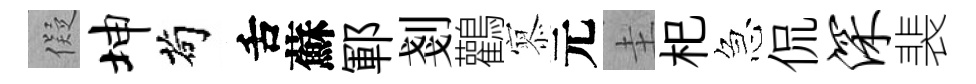
儗坤茍舌蘇鄆剗鸛𡪹元圭𣏌急侃深裴